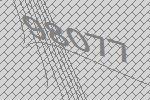
98077